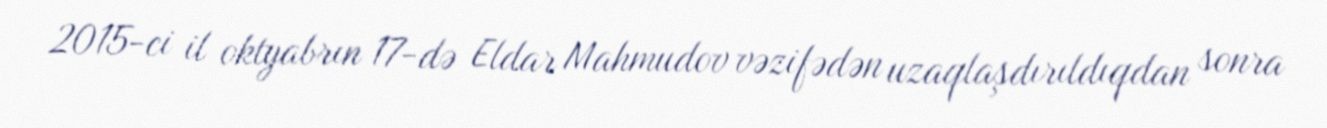
2015-ci il oktyabrın 17-də Eldar Mahmudov vəzifədən uzaqlaşdırıldıqdan sonra